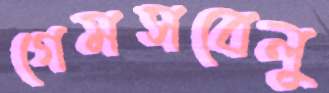
গেমসবেলু